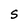
Character: S